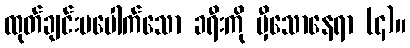
ထုတ်ချင်းမပေါက်သော ခရီးကို မှီသောနေရာ (၄)။